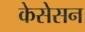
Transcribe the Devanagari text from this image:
केसेसन